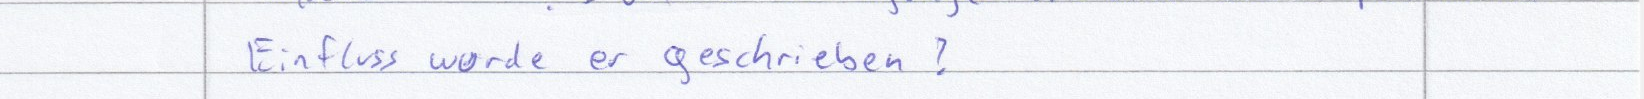
Einfluss wurde er geschrieben?